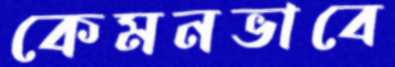
কেমনভাবে